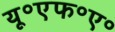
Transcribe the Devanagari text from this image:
यू॰एफ॰ए॰